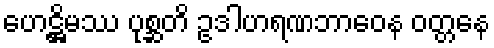
ဟေဋ္ဌိမဿ ပုစ္ဆတိ ဥဒါဟရဏဘာဝေန ဝတ္တနေ